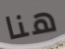
هنا